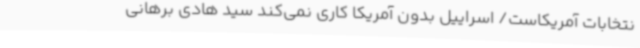
نتخابات آمریکاست/ اسراییل بدون آمریکا کاری نمی‌کند سید هادی برهانی